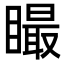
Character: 𥊴